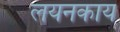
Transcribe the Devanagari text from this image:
लयनकाय